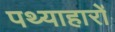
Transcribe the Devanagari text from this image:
पथ्याहारों